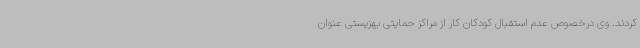
کردند. وی درخصوص عدم استقبال کودکان کار از مراکز حمایتی بهزیستی عنوان